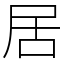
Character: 居